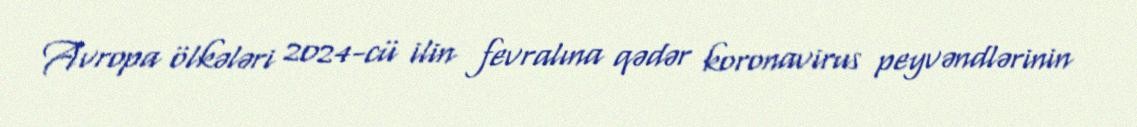
Avropa ölkələri 2024-cü ilin fevralına qədər koronavirus peyvəndlərinin